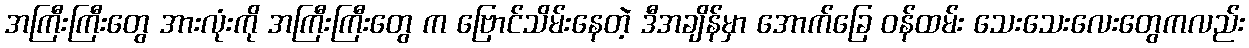
အကြီးကြီးတွေ အားလုံးကို အကြီးကြီးတွေ က ဗြောင်သိမ်းနေတဲ့ ဒီအချိန်မှာ အောက်ခြေ ဝန်ထမ်း သေးသေးလေးတွေကလည်း